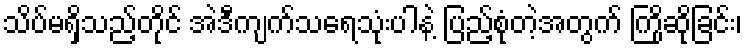
သိပ်မရှိသည့်တိုင် အဲဒီကျက်သရေသုံးပါနဲ့ ပြည့်စုံတဲ့အတွက် ကြိုဆိုခြင်း၊